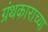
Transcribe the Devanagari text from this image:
ग्रंथकाराच्या